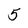
Character: 5